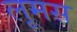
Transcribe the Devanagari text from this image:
लूमस